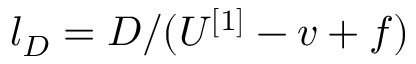
l _ { D } = D / ( U ^ { [ 1 ] } - v + f )